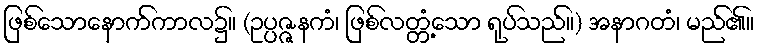
ဖြစ်သောနောက်ကာလ၌။ (ဥပ္ပဇ္ဇနကံ၊ ဖြစ်လတ္တံ့သော ရုပ်သည်။) အနာဂတံ၊ မည်၏။